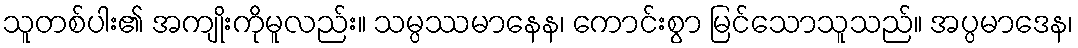
သူတစ်ပါး၏ အကျိုးကိုမူလည်း။ သမ္ပဿမာနေန၊ ကောင်းစွာ မြင်သောသူသည်။ အပ္ပမာဒေန၊